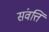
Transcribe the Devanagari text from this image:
संवत्ति